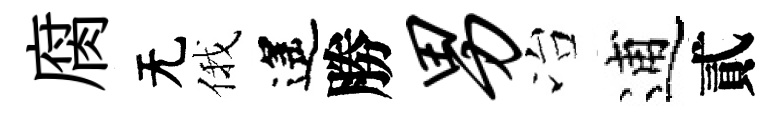
腐无俄遙勝男冶逋貳